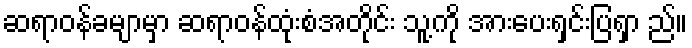
ဆရာဝန်ခမျာမှာ ဆရာဝန်ထုံးစံအတိုင်း သူ့ကို အားပေးရှင်းပြရှာ ည်။